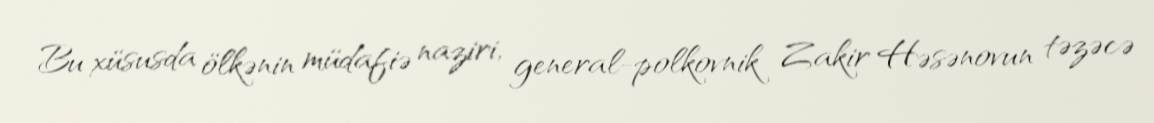
Bu xüsusda ölkənin müdafiə naziri, general-polkovnik Zakir Həsənovun təzəcə